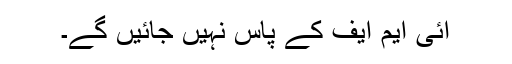
آئی ایم ایف کے پاس نہیں جائیں گے۔